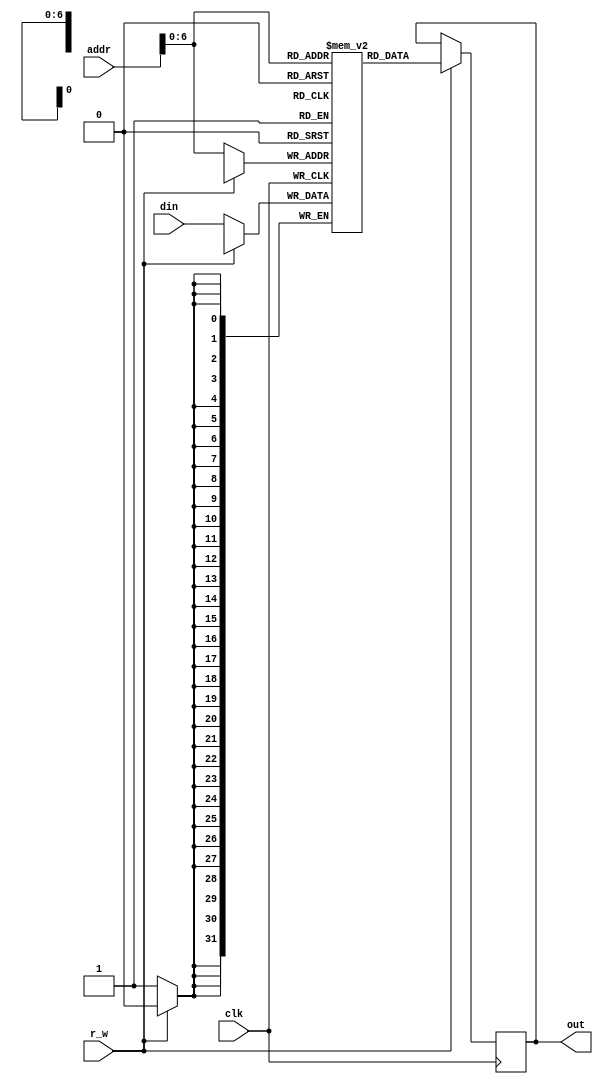
`timescale 1ns / 1ps

module ram(clk, din, addr, r_w, out);
    input clk, r_w;
    input [31:0] din;
    input [7:0] addr; 
    output reg [31:0] out;
    
    reg [31:0]mem[0:99];  // 100 de adrese cu date exprimate pe 32 de biti 
    
    always @(posedge clk)
        if(r_w) // r_w = 1 -> read from memory
          out = mem[addr];
        else // r_w = 0 -> write to memory
          mem[addr] = din;
endmodule